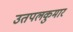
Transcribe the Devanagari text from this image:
उतपलकुमार